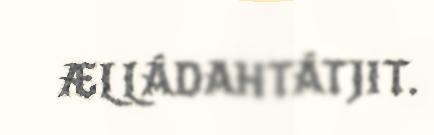
ÆLLÁDAHTÁTJIT.